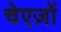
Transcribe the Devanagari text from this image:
चेएज़ों